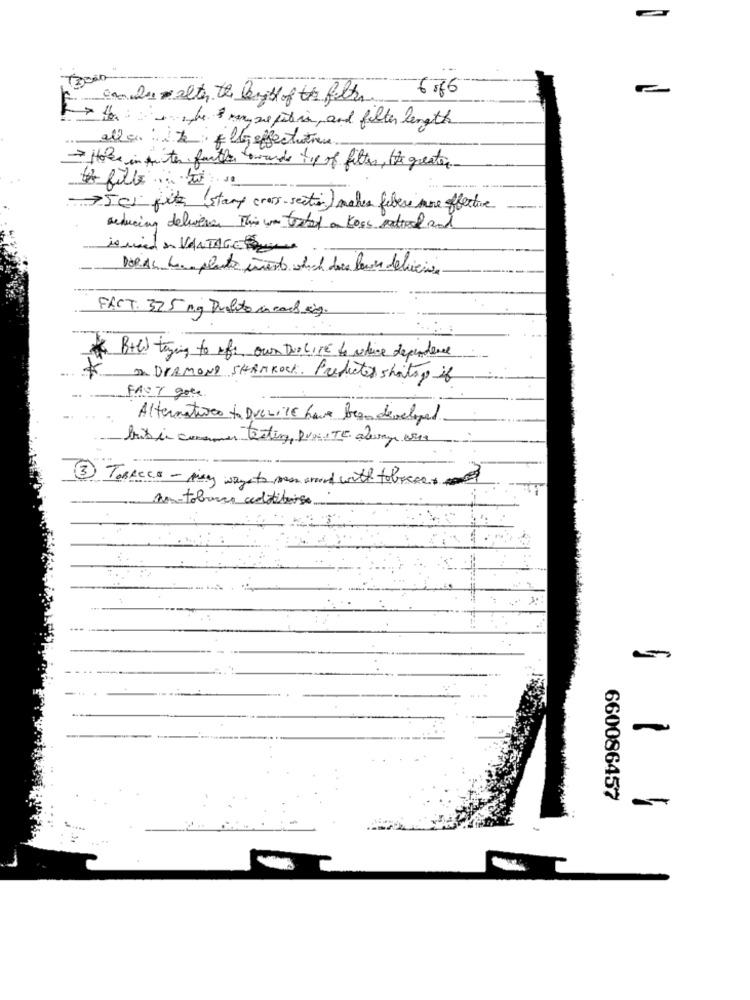
6.66
can be alter the kyst of the filter
> Her she & many se patria, and filter length
alle : ize: flyg effectueren
Hoe in frites further towards tip of filtes, the greater
750i file (start cross-section) makes fiber more effective
reducing delivers This was tested an Koss satival and
FACT. 32.5 mg Dualito in each ing.
B+C) trying to afe own tuoLITE to reduce dependence
Or DIAMOND SHAMROCK. Productos shortage it
FAST gole
Alternatives to DueViLE have been developed
brit in consumer texting, que TE alery arra
3 TOBACCO - mikey ways to man around with tobacco
Am-tobanco aditivoise
660086457